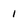
Character: 1